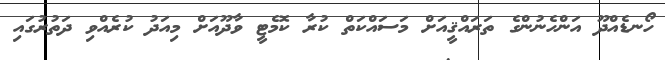
ހޯނޑެއްދޫ އަންހެނުންގެ ތަރައްޤީއަށް މަސައްކަތް ކުރާ ކޮމެޓީ ވާދޫއަށް މިއަދު ކުރެއްވި ދަތުރުގައި